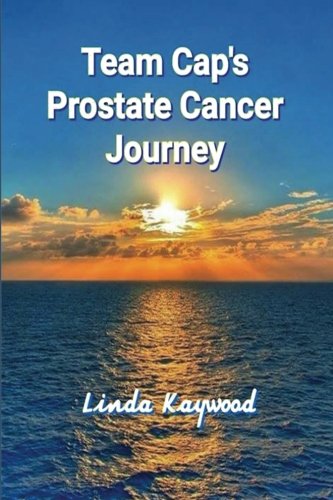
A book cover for Team Cap's Prostate Cancer Journey; Linda Kaywood; Health, Fitness & Dieting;